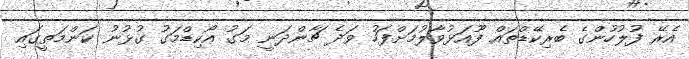
އެރޭ ފުލުހުންގެ ބެރިކޭޑްތައް ފޫއަޅުވާލުމަށްފަހު ވަދެ ޗާންދަނީ މަގު އޯކިޑްމަގު ގުޅުނު ކަންމަތީގައި